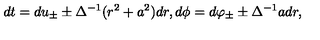
d t = d u _ { \pm } \pm \Delta ^ { - 1 } ( r ^ { 2 } + a ^ { 2 } ) d r , d \phi = d \varphi _ { \pm } \pm \Delta ^ { - 1 } a d r ,